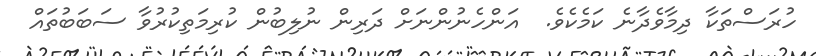
ހުރަސްތަކާ ދިމާވެދާނެ ކަމެކެވެ.  އަންހެނުންނަށް ދަރިން ނުލިބުން ކުރިމަތިކުރުވާ ސަބަބުތައް